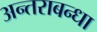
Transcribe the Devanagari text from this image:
अन्तराबन्धा